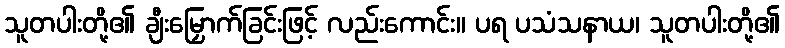
သူတပါးတို့၏ ချီးမြှောက်ခြင်းဖြင့် လည်းကောင်း။ ပရ ပသံသနာယ၊ သူတပါးတို့၏